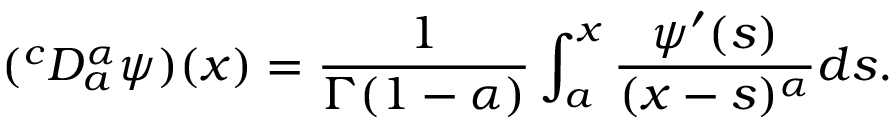
( ^ { c } D _ { a } ^ { \alpha } \psi ) ( x ) = \frac { 1 } { \Gamma ( 1 - \alpha ) } \int _ { a } ^ { x } \frac { \psi ^ { \prime } ( s ) } { ( x - s ) ^ { \alpha } } d s .